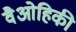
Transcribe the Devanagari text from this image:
वैओहिकी